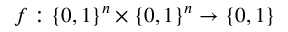
f : \{ 0 , 1 \} ^ { n } \times \{ 0 , 1 \} ^ { n } \to \{ 0 , 1 \}